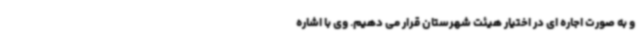
و به صورت اجاره ای در اختیار هیئت شهرستان قرار می دهیم. وی با اشاره